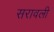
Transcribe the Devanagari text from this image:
सरावली